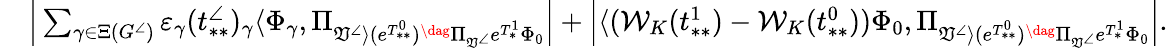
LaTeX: \begin{array}{rl}&{\Big|\sum_{\gamma\in\Xi(G^{\angle})}\varepsilon_{\gamma}(t_{**}^{\angle})_{\gamma}\langle\Phi_{\gamma},\Pi_{\mathfrak{V}^{\angle}\rangle(e^{T_{**}^{0}})^{\dag}\Pi_{\mathfrak{V}^{\angle}}e^{T_{*}^{1}}\Phi_{0}}\Big|+\Big|\langle(\mathcal{W}_{K}(t_{**}^{1})-\mathcal{W}_{K}(t_{**}^{0}))\Phi_{0},\Pi_{\mathfrak{V}^{\angle}\rangle(e^{T_{**}^{0}})^{\dag}\Pi_{\mathfrak{V}^{\angle}}e^{T_{*}^{1}}\Phi_{0}}\Big|.}\end{array}